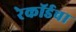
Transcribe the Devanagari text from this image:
रेकॉर्डचा